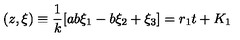
( z , { \xi } ) \equiv \frac { 1 } { k } [ a b \xi _ { 1 } - b \xi _ { 2 } + \xi _ { 3 } ] = r _ { 1 } t + K _ { 1 }